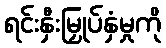
ရင်းနှီးမြှုပ်နှံမှုကို